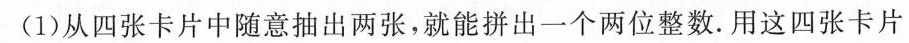
(1)从四张卡片中随意抽出两张，就能拼出一个两位整数。用这四张卡片